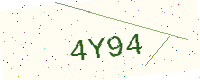
Text: 4Y94